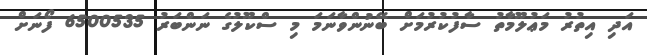
އަދި އިތުރު މަޢުލޫމާތު ސާފުކުރުމަށް ބޭނުންވާނަމަ މި ސްކޫލުގެ ނަންބަރު 6500535 ފޯނަށް